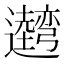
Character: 𰐢